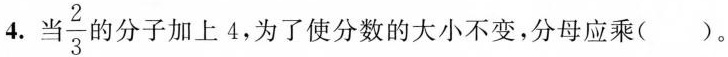
4. \frac{2}{3} 勺分子加上4，为了使分数的大小不变，分母应乘（）。